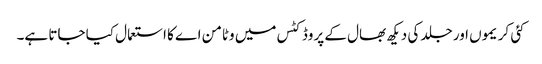
کئی کریموں اور جلد کی دیکھ بھال کے پروڈکٹس میں وٹامن اے کا استعمال کیا جاتا ہے۔